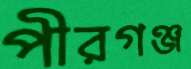
পীরগঞ্জ